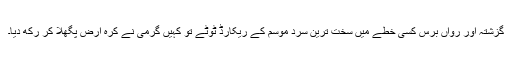
گزشتہ اور رواں برس کسی خطے میں سخت ترین سرد موسم کے ریکارڈ ٹوٹے تو کہیں گرمی نے کرہ ارض پگھلا کر رکھ دیا۔